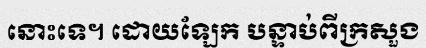
នោះទេ។ ដោយឡែក បន្ទាប់ពីក្រសួង